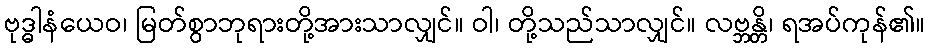
ဗုဒ္ဓါနံယေဝ၊ မြတ်စွာဘုရားတို့အားသာလျှင်။ ဝါ၊ တို့သည်သာလျှင်။ လဗ္ဘန္တိ၊ ရအပ်ကုန်၏။